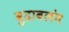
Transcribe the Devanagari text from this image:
बुढाबलंग